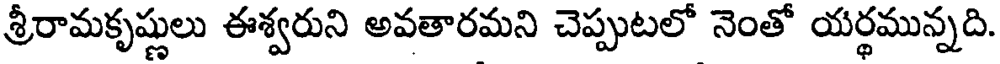
శ్రీరామకృష్ణులు ఈశ్వరుని అవతారమని చెప్పుటలో నెంతో యర్థమున్నది.